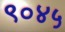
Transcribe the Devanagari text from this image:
९०४५